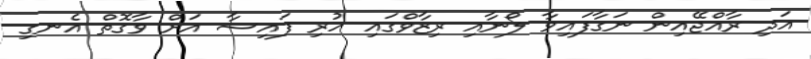
އަދި ރާއްޖޭއިން ނަގާފައިވާ ލޯނާއި ރިޒާވްގައި ހުރި ފައިސާ އަށް ވާގޮތް އެނގި